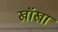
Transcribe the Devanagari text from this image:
खॉखा